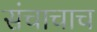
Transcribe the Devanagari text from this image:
संचाचाच